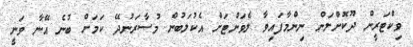
ވިކްޓަރީން ދޫކޮށްލަން ނިންމާފައިވާ ލެވަންޓަށް އެކުލަބުން މުސާރަނުދޭ ކަމަށް ބުނެ އޭނާ ވަނީ